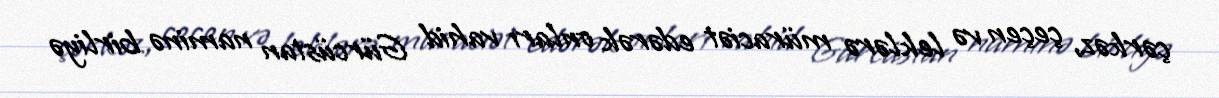
çərkəz, çeçen və leklərə müraciət edərək onları vahid Gürcüstan naminə birliyə